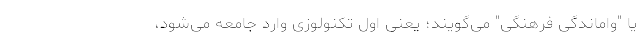
یا "واماندگی فرهنگی" می‌گویند؛ یعنی اول تکنولوزی وارد جامعه می‌شود،